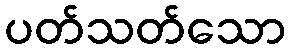
ပတ်သတ်သော